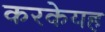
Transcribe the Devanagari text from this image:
करकेयह